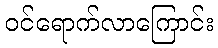
ဝင်ရောက်လာကြောင်း